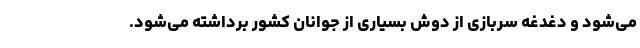
می‌شود و دغدغه سربازی از دوش بسیاری از جوانان کشور برداشته می‌شود.